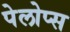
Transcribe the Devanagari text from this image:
पेलोप्स